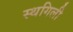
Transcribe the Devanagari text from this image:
स्थगिली